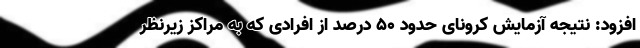
افزود: نتیجه آزمایش کرونای حدود ۵۰ درصد از افرادی که به مراکز زیرنظر